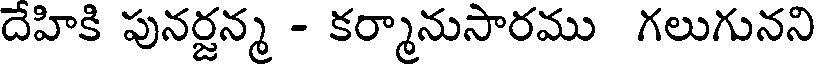
దేహికి పునర్జన్మ - కర్మానుసారము గలుగునని